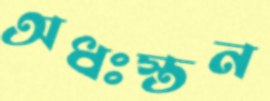
অধঃস্তন